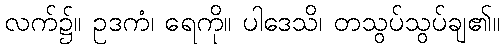
လက်၌။ ဥဒကံ၊ ရေကို။ ပါဒေသိ၊ တသွပ်သွပ်ချ၏။